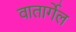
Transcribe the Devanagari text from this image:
वातार्गेल